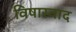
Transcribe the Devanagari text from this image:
विषास्वाद